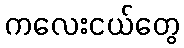
ကလေးငယ်တွေ